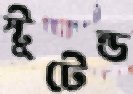
স্টুটেন্ড